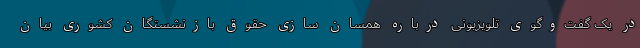
در یک گفت‌وگوی تلویزیونی درباره همسان سازی حقوق بازنشستگان کشوری بیان